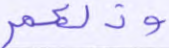
وذلكم